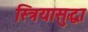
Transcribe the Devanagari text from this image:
स्त्रियासुद्धा